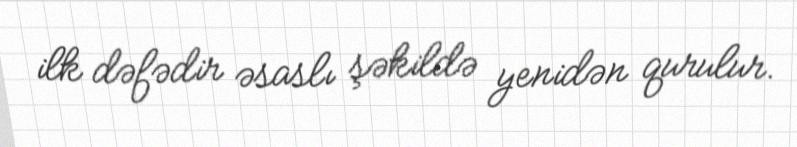
ilk dəfədir əsaslı şəkildə yenidən qurulur.